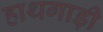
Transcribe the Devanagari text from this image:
हाथगाड़ी